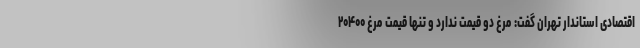
اقتصادی استاندار تهران گفت: مرغ دو قیمت ندارد و تنها قیمت مرغ ۲۰۴۰۰